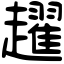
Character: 趯